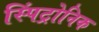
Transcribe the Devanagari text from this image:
स्पिंट्रोनिक